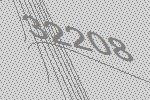
32208